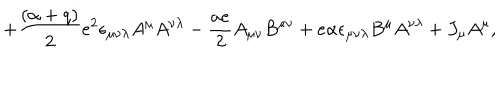
+ { \frac { ( \alpha + q ) } { 2 } } e ^ { 2 } \epsilon _ { \mu \nu \lambda } A ^ { \mu } A ^ { \nu \lambda } - { \frac { a e } { 2 } } A _ { \mu \nu } B ^ { \mu \nu } + e \alpha \epsilon _ { \mu \nu \lambda } B ^ { \mu } A ^ { \nu \lambda } + J _ { \mu } A ^ { \mu } ,